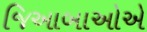
જિઆબાઓએ